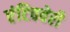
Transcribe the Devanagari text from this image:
एंटिववेरी